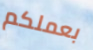
بعملكم